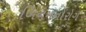
બિનમનોરોગ